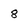
Character: 8